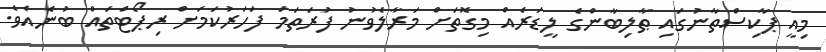
މިއީ ޕާކިސްތާނުގައި ޠާލިބާންގެ ލީޑަރެއް މިގޮތަށް މަރާލެވުނު ފުރަތަމަ ފަހަރުކަމަށް ރިޕޯޓްތައް ބުނެއެވެ.